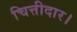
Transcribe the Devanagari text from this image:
चित्तीदार।